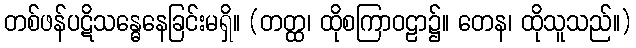
တစ်ဖန်ပဋိသန္ဓေနေခြင်းမရှိ။ (တတ္ထ၊ ထိုစကြာဝဠာ၌။ တေန၊ ထိုသူသည်။)